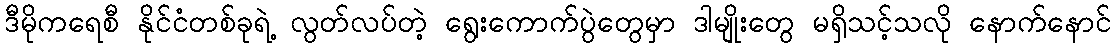
ဒီမိုကရေစီ နိုင်ငံတစ်ခုရဲ့ လွတ်လပ်တဲ့ ရွေးကောက်ပွဲတွေမှာ ဒါမျိုးတွေ မရှိသင့်သလို နောက်နောင်